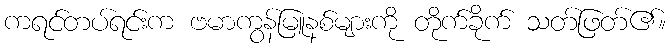
ကရင်တပ်ရင်းက ဗမာကွန်မြူနစ်များကို တိုက်ခိုက် သတ်ဖြတ်၏။